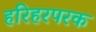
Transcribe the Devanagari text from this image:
हरिहरपरक